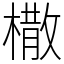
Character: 橵